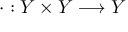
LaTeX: \cdot : Y \times Y \longrightarrow Y